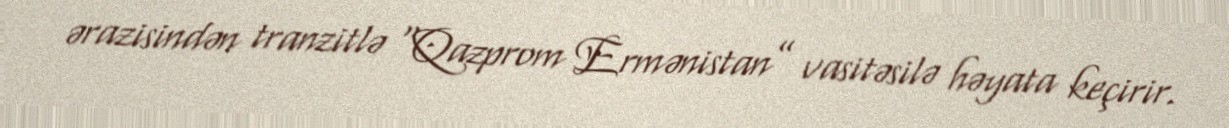
ərazisindən tranzitlə “Qazprom Ermənistan” vasitəsilə həyata keçirir.